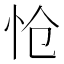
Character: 怆